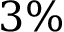
3 \%